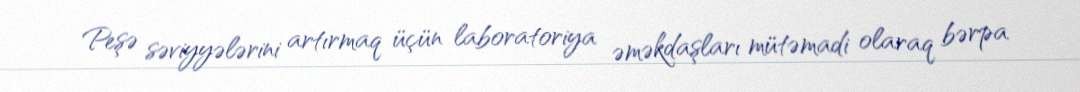
Peşə səviyyələrini artırmaq üçün laboratoriya əməkdaşları mütəmadi olaraq bərpa